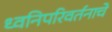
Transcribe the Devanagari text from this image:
ध्वनिपरिवर्तनाचे